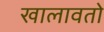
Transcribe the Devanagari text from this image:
खालावतो